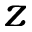
z